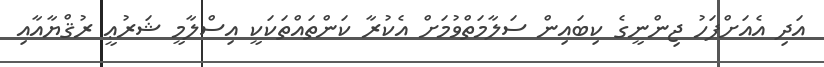
އަދި އެއަށްފަހު ޖިންނީގެ ކިބައިން ސަލާމަތްވުމަށް އެކުރާ ކަންތައްތަކަކީ އިސްލާމީ ޝަރުޢީ ރުޤްޔާއާއި